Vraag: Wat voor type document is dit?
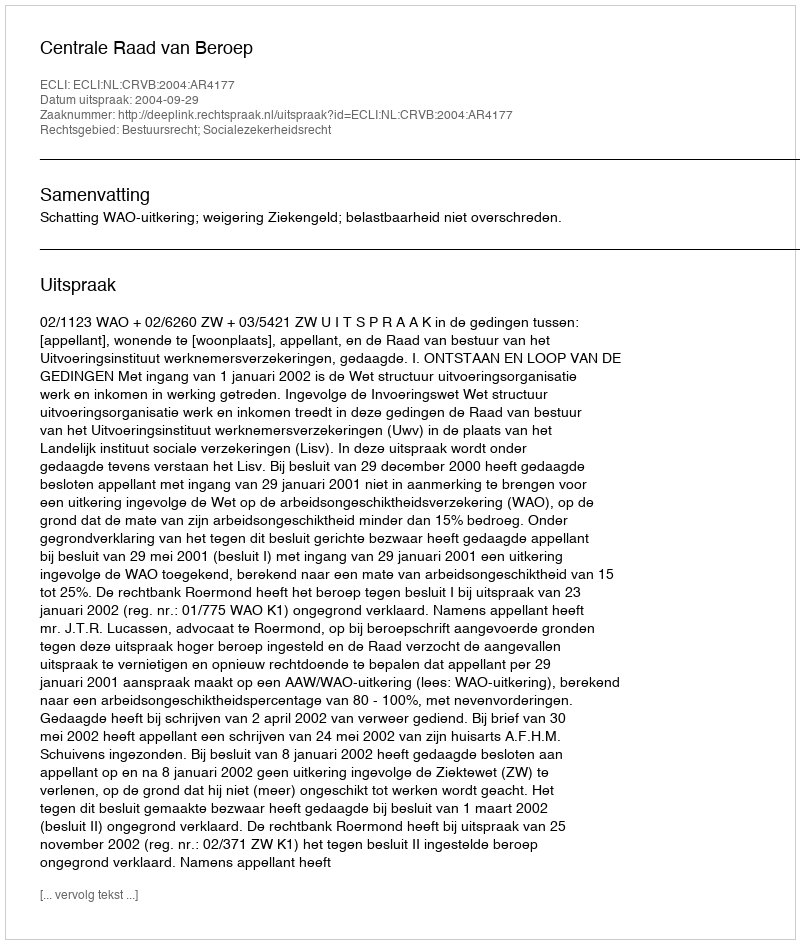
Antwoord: Uitspraak